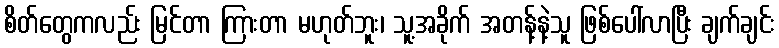
စိတ်တွေကလည်း မြင်တာ ကြားတာ မဟုတ်ဘူး၊ သူ့အခိုက် အတန့်နဲ့သူ ဖြစ်ပေါ်လာပြီး ချက်ချင်း